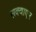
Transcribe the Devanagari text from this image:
सक्वाएर